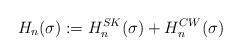
LaTeX: \begin{align*}H_{n}(\sigma):= H_{n}^{SK}(\sigma)+ H_{n}^{CW}(\sigma)\end{align*}